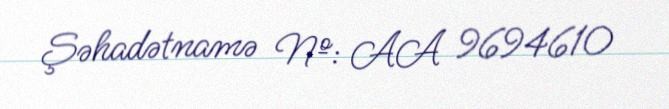
Şəhadətnamə №: AA 9694610